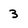
Character: 3